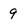
Character: 9